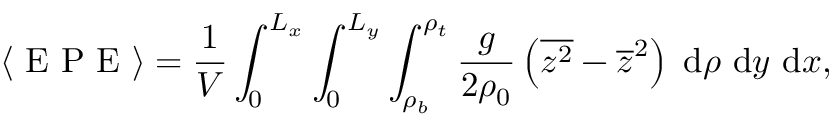
\langle \mathrm { ~ E ~ P ~ E ~ } \rangle = \frac { 1 } { V } \int _ { 0 } ^ { L _ { x } } \int _ { 0 } ^ { L _ { y } } \int _ { \rho _ { b } } ^ { \rho _ { t } } \frac { g } { 2 \rho _ { 0 } } \left( \overline { { z ^ { 2 } } } - \overline { { z } } ^ { 2 } \right) \; \mathrm { d } \rho \ \mathrm { d } y \ \mathrm { d } x ,